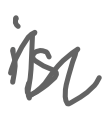
Text: is
Cross-out: zig-zag
Writing tool: digital_gray